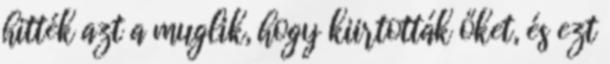
hitték azt a muglik, hogy kiirtották őket, és ezt